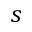
s